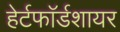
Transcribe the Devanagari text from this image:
हेर्टफाॅर्डशायर